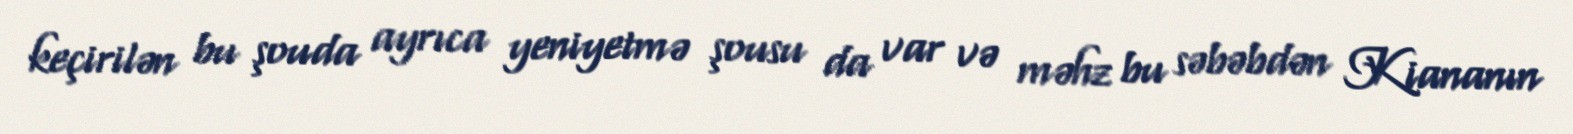
keçirilən bu şouda ayrıca yeniyetmə şousu da var və məhz bu səbəbdən Kiananın